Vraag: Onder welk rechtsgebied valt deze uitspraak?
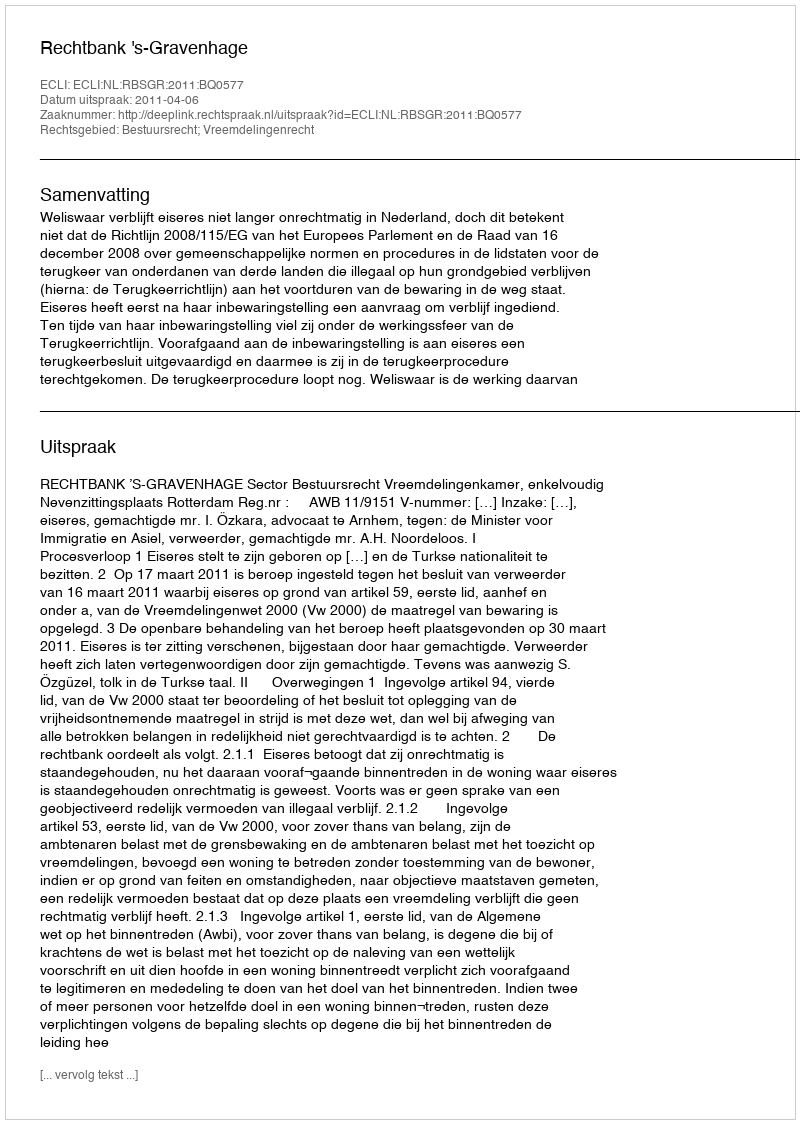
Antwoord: Bestuursrecht; Vreemdelingenrecht